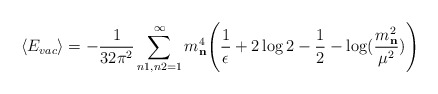
\begin{align*}\langle E_{vac}\rangle=-{1\over{32\pi^2}}\sum_{n1,n2=1}^{\infty}m^{4}_{\bf n}\Bigg ({1\over{\epsilon}}+2\log 2-{1\over{2}}-\log({m^{2}_{\bf n}\over{\mu^2}})\Bigg )\end{align*}